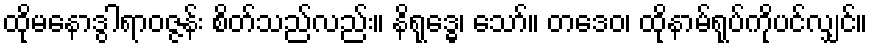
ထိုမနောဒွါရာဝဇ္ဇန်း စိတ်သည်လည်း။ နိရုဒ္ဓေ၊ သော်။ တဒေဝ၊ ထိုနာမ်ရုပ်ကိုပင်လျှင်။